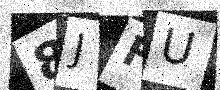
Text: 8JFU